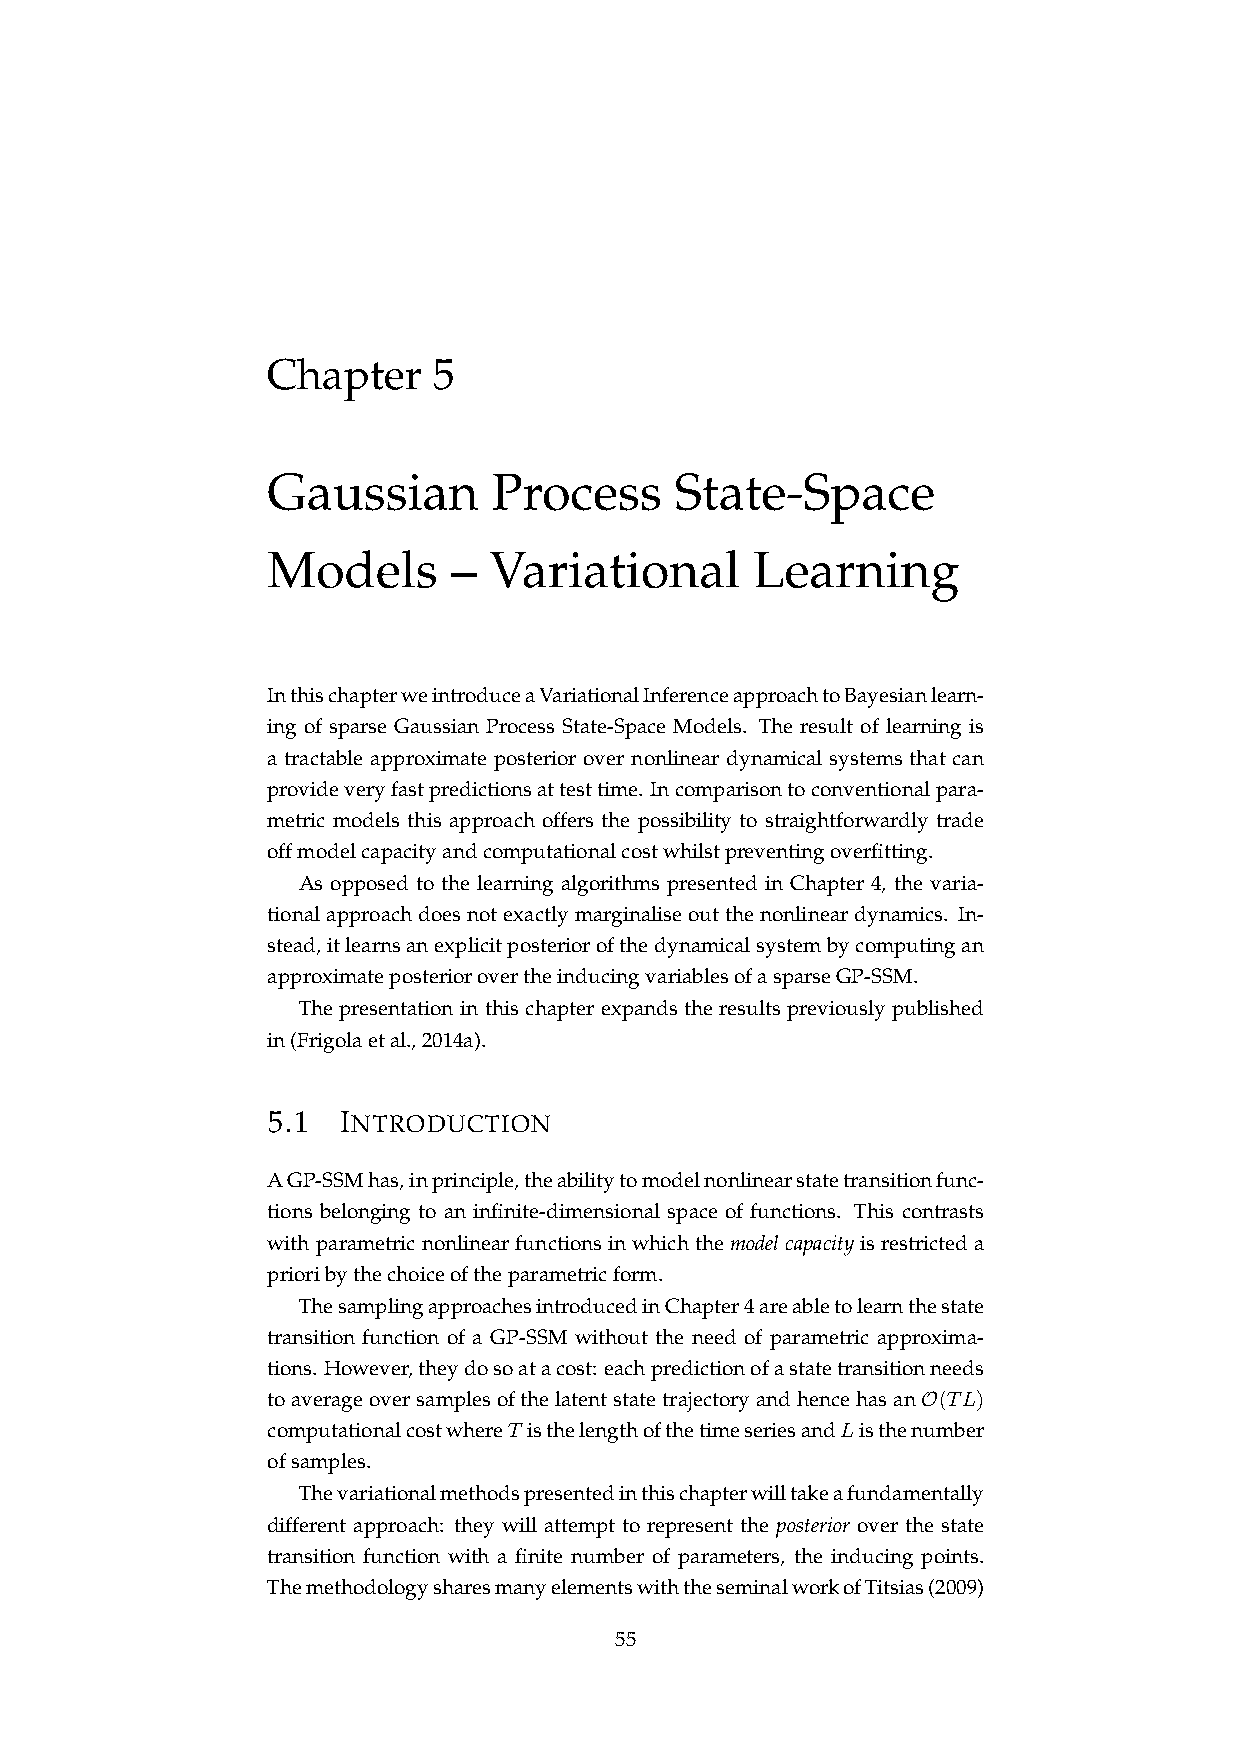
Chapter    5
 Gaussian       Process     State-Space
 Models      – Variational       Learning
 InthischapterweintroduceaVariationalInferenceapproachtoBayesianlearn-
 ing of sparse Gaussian Process State-Space Models. The result of learning is
 a tractable approximate posterior over nonlinear dynamical systems that can
 provideveryfastpredictionsattesttime. Incomparisontoconventionalpara-
 metric models this approach offers the possibility to straightforwardly trade
 offmodelcapacityandcomputationalcostwhilstpreventingoverfitting.
 As opposed to the learning algorithms presented in Chapter 4, the varia-
 tionalapproachdoesnotexactlymarginaliseoutthenonlineardynamics. In-
 stead,itlearnsanexplicitposteriorofthedynamicalsystembycomputingan
 approximateposteriorovertheinducingvariablesofasparseGP-SSM.
 The presentation in this chapter expands the results previously published
 in(Frigolaetal.,2014a).
 5.1 INTRODUCTION
 AGP-SSMhas,inprinciple,theabilitytomodelnonlinearstatetransitionfunc-
 tions belonging to an infinite-dimensional space of functions. This contrasts
 withparametricnonlinearfunctionsinwhichthemodelcapacityisrestricteda
 prioribythechoiceoftheparametricform.
 ThesamplingapproachesintroducedinChapter4areabletolearnthestate
 transition function of a GP-SSM without the need of parametric approxima-
 tions. However,theydosoatacost: eachpredictionofastatetransitionneeds
 toaverageoversamplesofthelatentstatetrajectoryandhencehasanO(TL)
 computationalcostwhereT isthelengthofthetimeseriesandListhenumber
 ofsamples.
 Thevariationalmethodspresentedinthischapterwilltakeafundamentally
 different approach: they will attempt to represent the posterior over the state
 transition function with a finite number of parameters, the inducing points.
 ThemethodologysharesmanyelementswiththeseminalworkofTitsias(2009)
 55